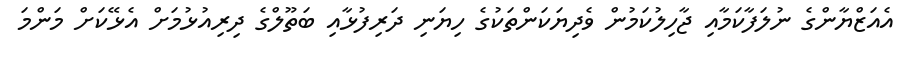
އެއަޒްޔާންގެ ނުލަފާކަމާއި ޖާހިލުކަމުން ވެދިޔަކަންތަކުގެ ހިޔަނި ދަރިފުޅާއި ބަތޫލްގެ ދިރިއުޅުމަށް އެޅޭކަށް މަންމަ